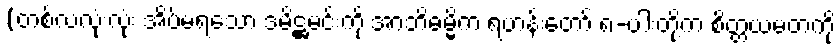
(တစ်လလုံးလုံး အိပ်မရသော ဒမိဋ္ဌမင်းကို အာဘိဓမ္မိက ရဟန်းတော် ၈-ပါးတို့က စိတ္တယမတကို